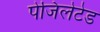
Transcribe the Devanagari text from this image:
पेजिलेटेड